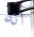
انه